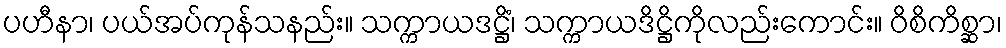
ပဟီနာ၊ ပယ်အပ်ကုန်သနည်း။ သက္ကာယဒဋ္ဌိံ၊ သက္ကာယဒိဋ္ဌိကိုလည်းကောင်း။ ဝိစိကိစ္ဆာ၊